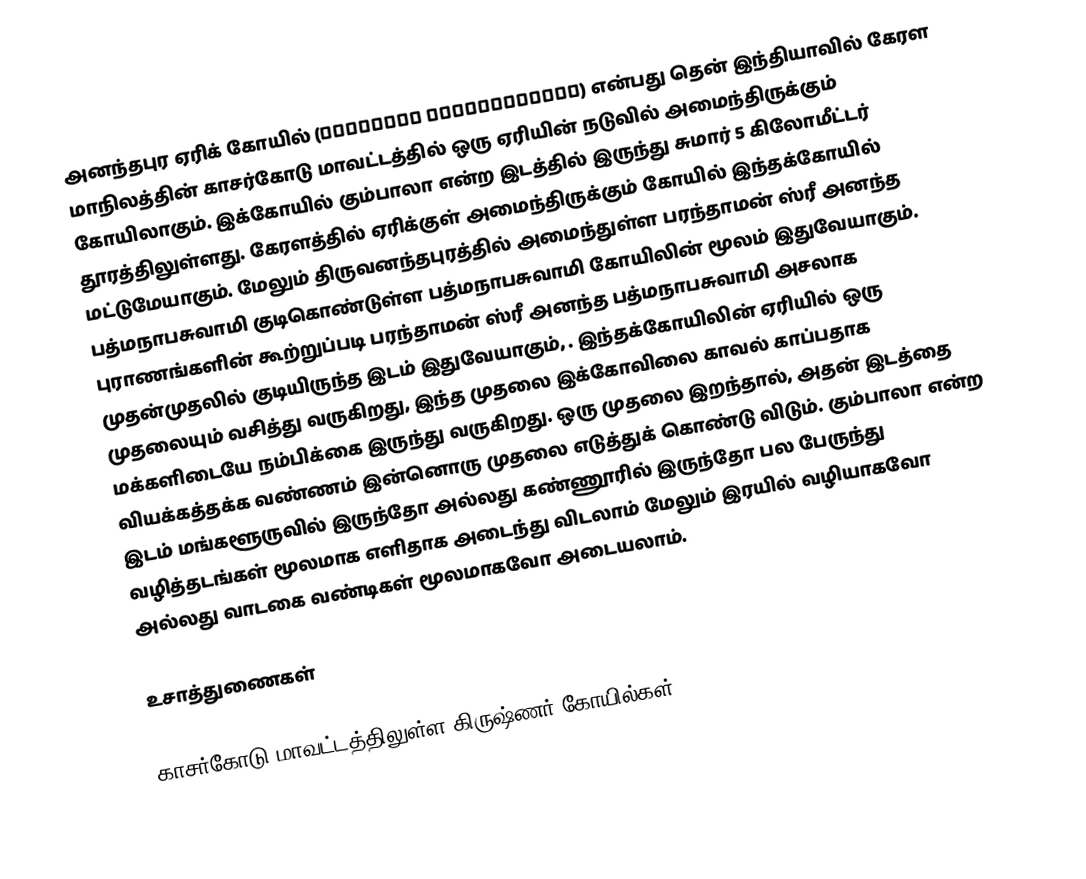
அனந்தபுர ஏரிக் கோயில் (അനന്തപുര തടാകക്ഷേത്രം) என்பது தென் இந்தியாவில் கேரள மாநிலத்தின் காசர்கோடு மாவட்டத்தில் ஒரு ஏரியின் நடுவில் அமைந்திருக்கும் கோயிலாகும். இக்கோயில் கும்பாலா என்ற இடத்தில் இருந்து சுமார் 5 கிலோமீட்டர் தூரத்திலுள்ளது. கேரளத்தில் ஏரிக்குள் அமைந்திருக்கும் கோயில் இந்தக்கோயில் மட்டுமேயாகும். மேலும் திருவனந்தபுரத்தில் அமைந்துள்ள பரந்தாமன் ஸ்ரீ அனந்த பத்மநாபசுவாமி குடிகொண்டுள்ள பத்மநாபசுவாமி கோயிலின் மூலம் இதுவேயாகும். புராணங்களின் கூற்றுப்படி பரந்தாமன் ஸ்ரீ அனந்த பத்மநாபசுவாமி அசலாக முதன்முதலில் குடியிருந்த இடம் இதுவேயாகும், . இந்தக்கோயிலின் ஏரியில் ஒரு முதலையும் வசித்து வருகிறது, இந்த முதலை இக்கோவிலை காவல் காப்பதாக மக்களிடையே நம்பிக்கை இருந்து வருகிறது. ஒரு முதலை இறந்தால், அதன் இடத்தை வியக்கத்தக்க வண்ணம் இன்னொரு முதலை எடுத்துக் கொண்டு விடும். கும்பாலா என்ற இடம் மங்களூருவில் இருந்தோ அல்லது கண்ணூரில் இருந்தோ பல பேருந்து வழித்தடங்கள் மூலமாக எளிதாக அடைந்து விடலாம் மேலும் இரயில் வழியாகவோ அல்லது வாடகை வண்டிகள் மூலமாகவோ அடையலாம்.

உசாத்துணைகள்

காசர்கோடு மாவட்டத்திலுள்ள கிருஷ்ணர் கோயில்கள்